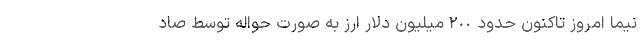
نیما امروز تاکنون حدود ٢٠٠ میلیون دلار ارز به صورت حواله توسط صاد